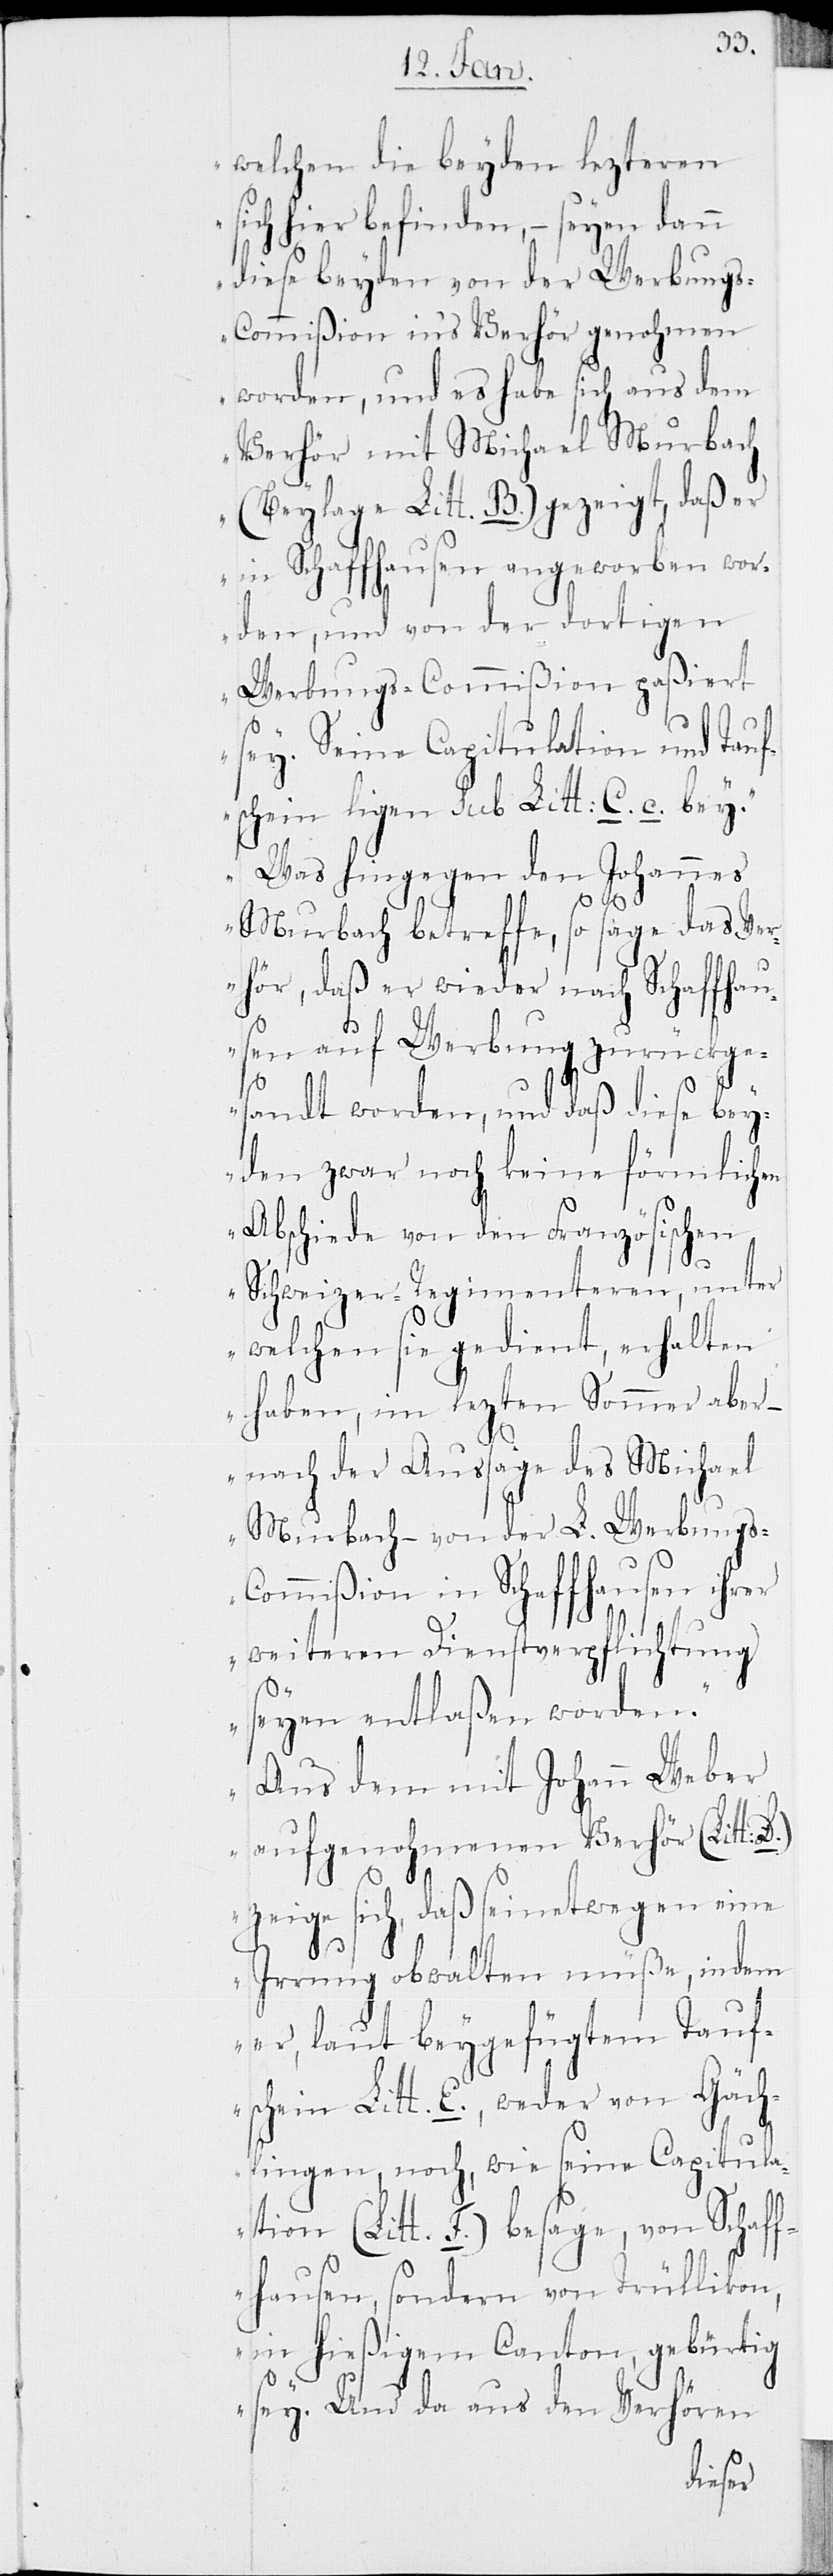
welchen die beyden lezteren
sich hier befinden, – seyen dann
diese beyden von der Werbung¬
s-Commißion ins Verhör genohmen
worden, und es habe sich aus dem
Verhör mit Michael Murbach
(Beylage Litt. B.) gezeigt, daß er
in Schaffhausen angeworben wor¬
den, und von der dortigen
Werbungs-Commißion paßiert
sey. Seine Capitulation und Tauf¬
schein ligen sub Litt. C. c. bey.
Was hingegen den Johannes
Murbach betreffe, so sage das Ver¬
hör, daß er wieder nach Schaffhau¬
sen auf Werbung zurückge¬
sandt worden, und daß diese bey¬
den zwar noch keine förmlichen
Abschiede von den französischen
Schweizer-Regimenteren, unter
welchen sie gedient, erhalten
haben, im lezten Sommer aber
– nach der Aussage des Michael
Murbach – von der L. Werbungs-C¬
ommißion in Schaffhausen ihrer
weiteren Dienstverpflichtung
seyen entlaßen worden.
Aus dem mit Johann
aufgenohmenen Verhör (Litt:
zeige sich, daß seinetwegen eine
Irrung obwalten müße, indem
er, laut beygefügtem Tauf¬
schein Litt. E., weder von Gäch¬
lingen, noch, wie seine Capitula¬
tion (Litt. F.) besage, von Schaf¬
fhausen, sondern von Trüllikon,
in hießigem Canton, gebürtig
sey. Und da aus den Verhören